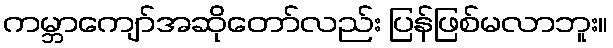
ကမ္ဘာကျော်အဆိုတော်လည်း ပြန်ဖြစ်မလာဘူး။